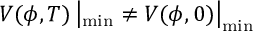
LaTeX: V ( \phi , T ) \left| _ { \operatorname * { m i n } } \neq V ( \phi , 0 ) \right| _ { \operatorname * { m i n } }